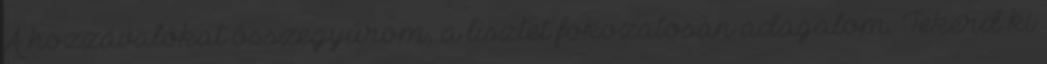
A hozzávalókat összegyúrom, a lisztet fokozatosan adagalom. Tekerd ki